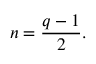
n = { \frac { q - 1 } { 2 } } .